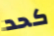
كحد